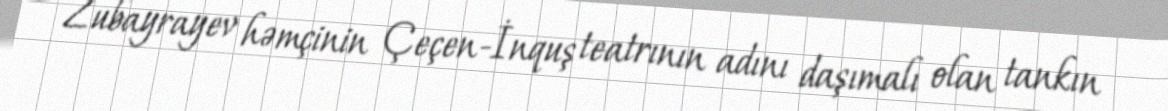
Zubayrayev həmçinin Çeçen-İnquş teatrının adını daşımalı olan tankın